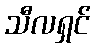
သီလရှင်